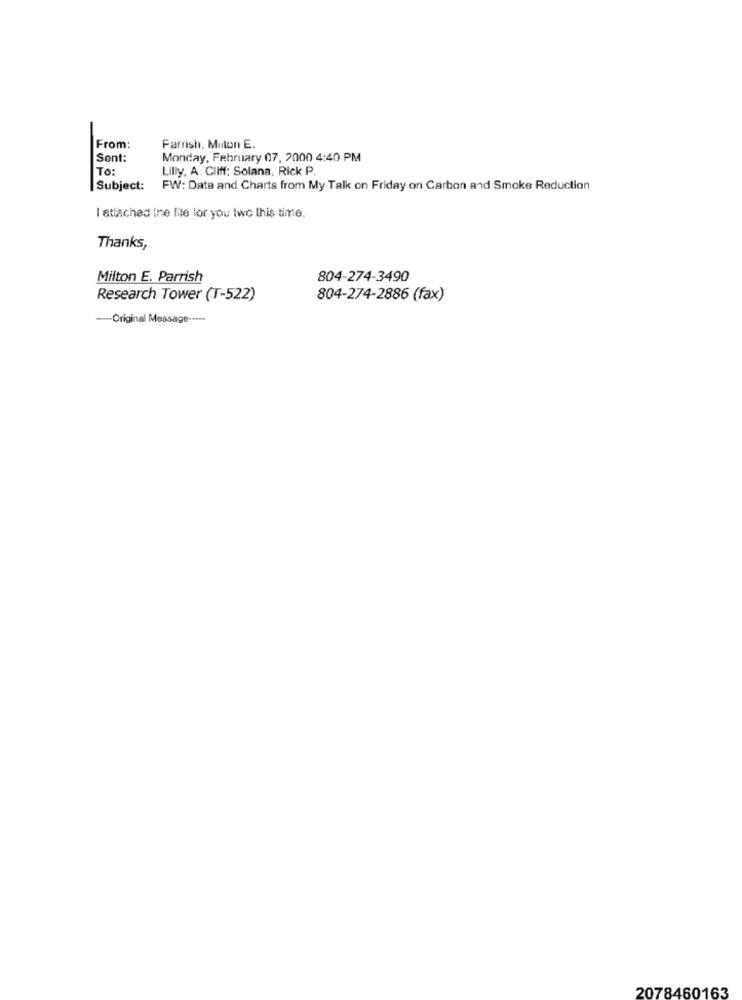
From:
Parrish, Milton E.
Sent:
Monday, February 07, 2000 4:40 PM
To:
Lilly, A. Cliff; Solana, Rick P
Subject:
FW: Data and Charts from My Talk on Friday on Carbon and Smoke Reduction
I attached ine mie for you two this time.
Thanks,
Milton E. Parrish
804-274-3490
Research Tower (T-522)
804-274-2886 (fax)
--- Original Message -----
2078460163